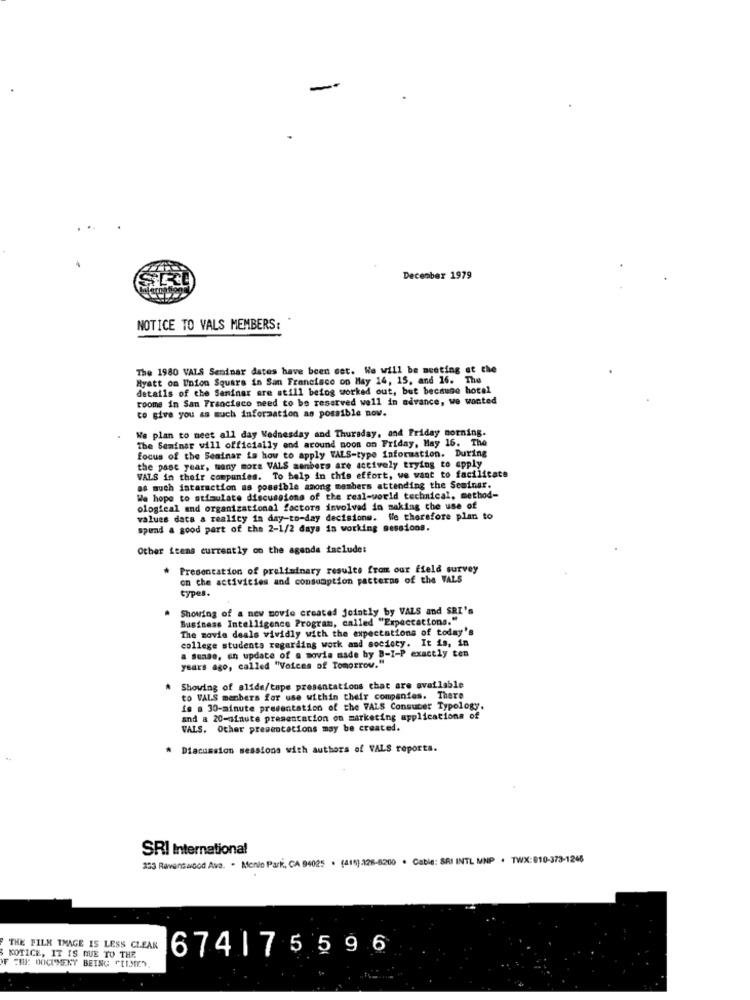
-
December 1979
NOTICE TO VALS MEMBERS:
The 1980 VALS Seninar dates have been est. We will be meeting et the
Hyatt on Union Square in San Francisco on May 14, 15, and 16. The
details of the Seminar are still being worked out, but because hotel
rooms in San Francisco need to be reserved well in advance, we wanted
to give you as much information as possible now.
We plan to meet all day Wednesday and Thursday, and Friday morning.
The Seminar will officially end around noon on Friday, May 16. The
focus of the Seminar is how to apply WALS-type information. During
the past year, many more VALS sanbers are actively trying to apply
VALS in their companies. To help in this effort, we want to facilitate
as much intaraction as possible among members attending the Seminar.
We hope to stimulate discussions of the real-world technical, method-
ological and organizational factors involved in making the use of
values data a reality in day-to-day decisions. We therefore plan to
spund a good part of the 2-1/2 days in working sessions.
Other items currently on the agenda include:
Presentation of preliminary results from our field survey
on the activities and consumption patterns of the VALS
types.
Showing of a new movie created jointly by VALS and SRI's
Business Intelligence Program, called "Expectations."
The movie deals vividly with the expectations of today's
college students regarding work and society. It is, in
a Sonae, an update of a movie made by B-I-P exactly ten
years ago, called "Voices of Tomorrow."
Showing of slide/tape presentations that are available
to VALS menbers for use within their companies. There
is a 30-minute presentation of the VALS Consuber Typology.
and a 20-minute presentation on marketing applications of
VALS. Other presentations may be created.
* Discussion sessions with authors of VALS reports.
SRI International
253 Rawand wood Avo. - Menlo Park, CA 94025 . (418).128-8200 . Cable: SAI INTL MNP . TWX:010-373-1246
THE FILM IMAGE IS LESS CLEAN
674|75596
OF ENE: DOCUMENT BEING "[JEY.
KOTICE, IT IS QUE TU THE